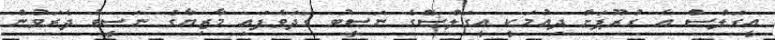
އީގަލްސް އެ ގުރޫޕަށް ދިއުމަކީ އީގަލްސްގެ ނަސީބު ގަދަވެފައި މާޒިޔާގެ ނަސީބު ދެރަވުން